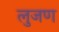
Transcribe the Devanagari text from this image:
लुजण